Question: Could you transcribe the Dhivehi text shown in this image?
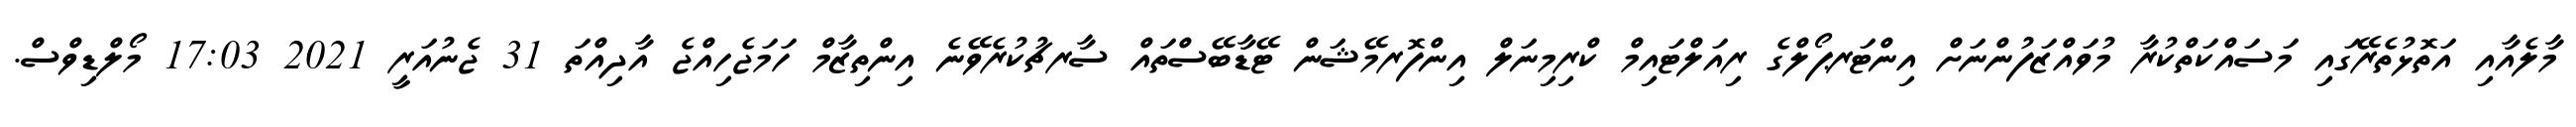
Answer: މާލެއާއި އަތޮޅުތެރޭގައި މަސައްކަތްކުރާ މުވައްޒަފުންނަށް އިންޓަރޕޯލްގެ ރިއަލްޓައިމް ކްރިމިނަލް އިންފޮރމޭޝަން ޓޭޑާބޭސްތައް ސާރޗުކުރެވޭނެ އިންތިޒާމް ހަމަޖެހިއްޖެ އާދިއްތަ 31 ޖެނުއަރީ 2021 17:03 މޯލްޑިވްސް.